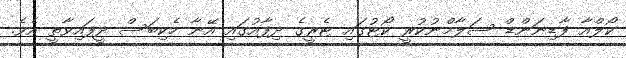
ކޯލްއާ ފާޑިނަންޑް ސަލާމްނުކުރީ ކޯޓުގައި ޓެރީގެ ދިފާއުގައި އޭނާ ހެކިބަސް ދީފައިވާތީ އެވެ.